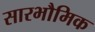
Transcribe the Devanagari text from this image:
सारभौमिक